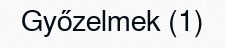
Győzelmek (1)